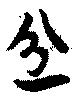
忿